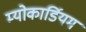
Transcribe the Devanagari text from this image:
म्योकार्डियम